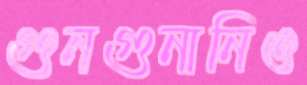
গুনগুনানিও